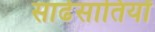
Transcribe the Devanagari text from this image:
साढेसातियों